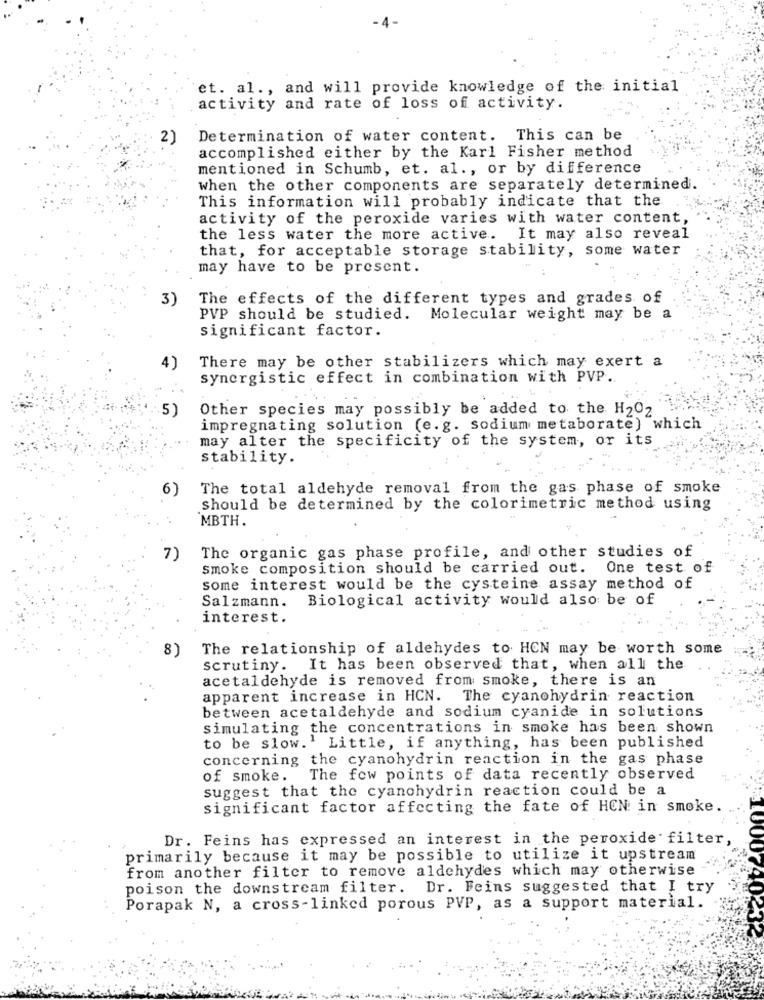
et. al ., and will provide knowledge of the initial
activity and rate of loss of activity.
2)
Determination of water content. This can be
accomplished either by the Karl Fisher method
mentioned in Schumb, et. al ., or by difference
when the other components are separately determined.
This information will probably indicate that the
activity of the peroxide varies with water content,
the less water the more active. It may also reveal
that, for acceptable storage stability, some water
may have to be present.
3)
The effects of the different types and grades of
PVP should be studied. Molecular weight may be a
significant factor.
There may be other stabilizers which may exert a
4)
synergistic effect in combination with PVP.
5)
Other species may possibly be added to the H202
impregnating solution (e.g. sodium metaborate) which
may alter the specificity of the system, or its
stability.
6)
The total aldehyde removal from the gas phase of smoke
should be determined by the colorimetric method using
MBTH.
7)
The organic gas phase profile, and other studies of
smoke composition should be carried out.
One test of
some interest would be the cysteine assay method of
Biological activity would also be of
Salzmann.
interest.
8)
The relationship of aldehydes to HCN may be worth some
scrutiny. It has been observed that, when all the
acetaldehyde is removed from smoke, there is an
apparent increase in HCN. The cyanohydrin reaction
between acetaldehyde and sodium cyanide in solutions
simulating the concentrations in smoke has been shown
to be slow.' Little, if anything, has been published
concerning the cyanohydrin reaction in the gas phase
of smoke.
The few points of data recently observed
suggest that the cyanohydrin reaction could be a
significant factor affecting the fate of HON: in smoke.
Dr. Feins has expressed an interest in the peroxide filter,
primarily because it may be possible to utilize it upstream
from another filter to remove aldehydes which may otherwise
poison the downstream filter. Dr. Feins suggested that I try
Porapak N, a cross-linked porous PVP, as a support material.